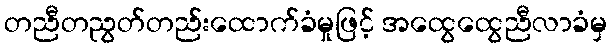
တညီတညွတ်တည်းထောက်ခံမှုဖြင့် အထွေထွေညီလာခံမှ